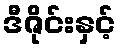
ဒီဇိုင်းနှင့်